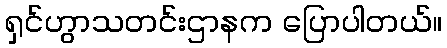
ရှင်ဟွာသတင်းဌာနက ပြောပါတယ်။